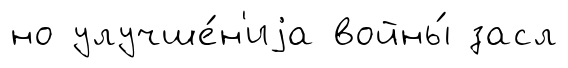
но улучше́н'иjа войны́ засл